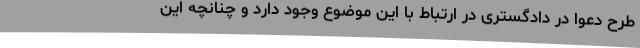
طرح دعوا در دادگستری در ارتباط با این موضوع وجود دارد و چنانچه این